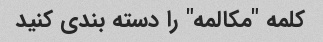
کلمه "مکالمه" را دسته بندی کنید